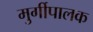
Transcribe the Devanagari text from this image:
मुर्गीपालक